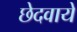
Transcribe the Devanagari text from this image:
छेदवाये